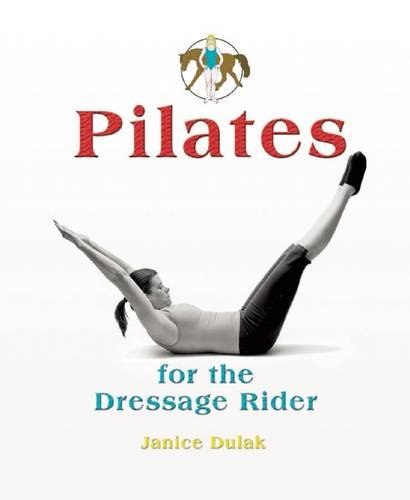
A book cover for Pilates for the Dressage Rider: Engaging the Human Spine Using Pilates; Janice Dulak; Health, Fitness & Dieting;